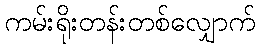
ကမ်းရိုးတန်းတစ်လျှောက်